Annual report of lunatic asylums [Bombay] - 1912-1922
Year: 1912
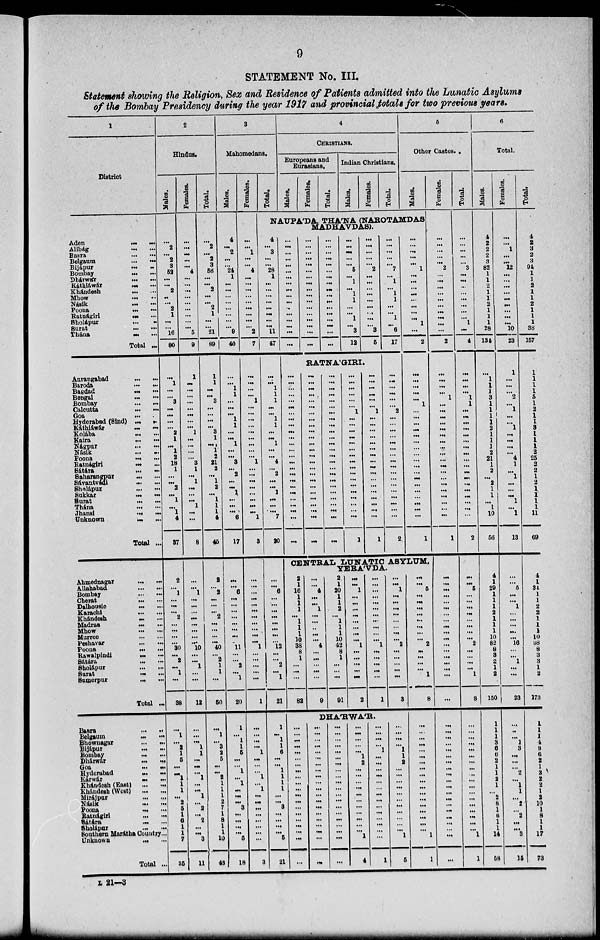
9
STATEMENT No. III.
Statement showing the Religion, Sex and Residence of Patients admitted into the Lunatic Asylums
of the Bombay Presidency during the year 1917 and provincial totals for two previous years.
1
District
Aden
...
...
Alibág ... ...
Basra
... ...
Belgaum
...
...
Bijápur
... ...
Bombay
...
...
Dhárwár
... ...
Káthiáwár
...
...
Khándesh ... ...
Mhow
...
...
Násik ... ...
Poona ... ...
Ratnágiri
...
...
Sholápur
...
...
Surat ... ...
Thána
...
...
Total ...
Aurangabad ... ...
Baroda
...
...
Bagdad ... ...
Bengal
...
...
Bombay
... ...
Calcutta
... ...
Goa
...
...
Hyderabad (Sind) ... ...
Káthiawár
...
...
Kolába ... ...
Kaira
...
...
Nágpur
...
...
Násik ... ...
Poona ... ...
Ratnágiri ... ...
Sátára
...
...
Saharangpur
...
...
Sávantvádi
...
...
Sholápur
... ...
Sukkar ... ...
Surat
... ...
Thána
...
...
Jhansi
... ...
Unknown
...
...
Total ...
Ahmednagar
...
...
Allahabad
...
...
Bombay... ...
Cherat
...
...
Dalhousie
...
...
Karachi
...
...
Khándesh
...
...
Madras
...
...
Mhow
...
...
Murree
...
...
Peshavar
...
...
Poona
...
...
Rawalpindi
...
...
Sátára
...
...
Sholápur
...
...
Surat
...
...
Sumerpur ... ...
Total ...
Basra
...
...
Belgaum
...
...
Bhownagar
... ...
Bijápur
...
...
Bombay
...
...
Dhárwár
...
...
Goa
...
...
Hyderabad
... ...
Kárwár
...
...
Khándesh (East)
...
...
Khándesh
(West)...
...
Mirájpur
...
...
Násik
...
...
Poona
...
...
Ratnágiri... ...
Sátára ... ...
Sholápur ... ...
Southern Marátha Country ...
Unknown
...
...
Total ...
2
Hindus.
Males.
...
2
...
2
3
52
...
...
2
..
...
2
1
...
...
16
80
...
1
...
...
3
...
...
...
...
2
1
...
1
2
18
1
...
...
2
...
1
...
1
4
37
2
...
1
...
...
...
2
...
...
...
...
30
...
2
...
1
...
38
...
1
...
2
1
5
...
...
1
1
1
...
2
5
1
6
1
1
7
35
Females.
...
...
...
...
...
4
...
...
...
...
...
...
...
...
...
5
9
1
...
...
...
...
...
...
...
...
1
...
...
...
...
3
1
...
1
...
...
...
1
...
...
8
...
...
1
...
...
...
...
...
...
...
...
10
...
...
1
...
...
12
...
...
...
1
1
...
...
...
1
...
...
1
...
2
...
2
...
...
3
11
Total.
...
2
...
2
3
56
...
...
2
...
...
2
1
...
...
21
89
1
1
...
...
3
...
...
...
...
3
1
...
1
2
21
2
...
1
2
...
1
1
1
4
45
2
...
2
...
...
...
2
...
...
...
...
40
...
2
1
1
...
50
...
1
...
3
2
5
...
...
2
1
1
1
2
7
1
8
1
1
10
46
3
Mahomedans.
Males.
4
...
2
...
...
24
1
...
...
...
...
...
...
...
...
9
40
...
...
1
1
...
...
...
1
1
...
...
1
...
...
3
...
2
...
...
1
...
...
...
6
17
...
...
6
...
...
...
...
...
...
...
...
11
...
...
2
...
1
20
1
...
1
1
5
...
...
1
...
1
...
...
...
3
...
...
...
...
5
18
Females.
...
...
1
...
...
4
...
...
...
...
...
...
...
...
...
2
7
...
...
...
...
1
...
...
...
...
...
...
...
...
...
1
...
...
...
...
...
...
...
...
1
3
...
...
...
...
...
...
...
...
...
...
...
1
...
...
...
...
...
1
...
...
...
...
1
...
...
...
1
...
1
...
...
...
...
...
...
...
...
3
Total.
4
CHRISTIANS.
Europeans and
Eurasians.
Males.
Females.
Total.
Indian Christians.
Males.
Females.
Total.
5
Other Castes.
Males.
NAUPA'DA. THA'NA (NAROTAMDAS
MADHAVDAS).
4
...
3
...
...
28
1
...
...
...
...
...
...
...
...
11
47
...
...
1
1
1
...
...
1
1
...
...
1
...
...
4
...
2
...
...
1
...
...
...
7
20
...
...
6
...
...
...
...
...
...
...
...
12
...
...
2
...
1
21
1
...
1
1
6
...
...
1
1
1
1
...
...
3
...
...
...
...
5
21
...
...
...
...
...
...
...
...
...
...
...
...
...
...
...
...
...
...
...
...
...
...
...
...
...
...
...
...
...
...
...
...
...
...
...
...
...
...
...
...
...
...
...
...
...
...
...
...
...
...
...
...
...
...
...
...
5
...
1
...
1
1
...
...
1
...
3
12
...
...
...
...
...
2
...
...
...
...
...
...
...
...
...
3
5
RATNA'GIRI.
...
...
...
...
...
...
...
...
...
...
...
...
...
...
...
...
...
...
...
...
...
...
...
...
...
...
...
...
...
...
...
...
...
...
...
...
...
...
...
...
...
...
...
...
...
...
...
...
...
...
...
...
...
...
...
...
...
...
...
...
...
...
...
...
...
...
...
...
...
...
...
...
...
...
...
...
...
...
...
...
...
1
...
...
...
...
...
...
...
...
...
...
...
...
...
...
...
...
...
1
...
...
...
...
...
...
1
...
...
...
...
...
...
...
...
...
...
...
...
...
...
...
...
...
1
...
...
...
...
...
7
...
1
...
1
1
...
...
1
...
6
17
...
...
...
...
...
...
2
...
...
...
...
...
...
...
...
...
...
...
...
...
...
...
...
...
2
...
...
...
...
...
1
...
...
...
...
...
...
...
...
1
...
2
...
...
...
...
...
1
...
...
...
...
...
...
...
...
...
...
...
...
...
...
...
...
...
...
1
CENTRAL LUNATIC ASYLUM,
YERA'VDA.
2
1
16
1
1
1
...
1
1
1
10
38
8
1
...
...
...
82
...
...
4
...
...
1
...
...
...
...
...
4
...
...
...
...
...
9
2
1
20
1
1
2
...
1
1
1
10
42
8
1
...
...
...
91
...
...
1
...
...
...
...
...
...
...
...
1
...
...
...
...
...
2
...
...
...
...
...
...
...
...
...
...
...
1
...
...
...
...
...
1
...
...
1
...
...
...
...
...
...
...
...
2
...
...
...
...
...
3
DHA'RWA'R.
...
...
...
...
...
...
...
...
...
...
...
...
...
...
...
...
...
...
...
...
...
...
...
...
...
...
...
...
...
...
...
...
...
...
...
...
...
...
...
...
...
...
...
...
...
...
...
...
...
...
...
...
...
...
...
...
...
...
...
...
...
...
...
...
...
1
2
...
...
...
...
...
...
...
...
...
...
...
1
4
...
...
...
...
1
...
...
...
...
...
...
...
...
...
...
...
...
...
...
1
...
...
...
...
1
1
2
...
...
...
...
...
...
...
...
...
...
...
1
5
...
...
5
...
...
...
...
...
...
...
...
2
...
...
...
...
1
8
...
...
...
....
...
...
...
...
...
...
...
...
...
...
...
...
...
...
1
1
Females.
...
...
...
...
...
2
...
...
...
...
...
...
...
...
...
...
2
...
...
...
...
1
...
...
...
...
...
...
...
...
...
...
...
...
...
...
...
...
...
...
...
1
...
...
...
...
...
...
...
...
...
...
...
...
...
...
...
...
...
...
...
...
...
...
...
...
...
...
...
...
...
...
...
...
...
...
...
...
...
...
Total.
...
...
...
...
...
3
...
...
...
...
...
...
...
...
1
...
4
...
...
...
...
1
1
...
...
...
...
...
...
...
...
...
...
...
...
...
...
...
...
...
...
2
...
...
5
...
...
...
...
...
...
...
...
2
...
...
...
...
1
8
...
...
...
...
...
...
...
...
...
...
...
...
...
...
...
...
...
...
1
1
6
Total.
Males.
4
2
2
2
3
82
1
1
2
1
1
2
1
1
1
28
134
...
1
1
1
3
1
1
1
1
2
1
1
1
2
21
1
2
...
2
1
1
...
1
10
56
4
1
29
1
1
1
2
1
1
1
10
82
8
3
2
1
2
150
1
1
1
3
6
6
2
1
1
2
1
...
2
8
1
6
1
1
14
58
Females.
...
...
1
...
...
12
...
...
...
...
...
...
...
...
...
10
23
1
...
...
...
2
...
1
...
...
1
...
...
...
...
4
1
...
1
...
...
...
1
...
1
13
...
...
5
...
...
1
...
...
...
...
...
16
...
...
1
...
...
23
...
...
...
1
3
...
...
...
2
...
1
1
...
2
...
2
...
...
3
15
Total.
4
2
3
2
3
94
1
1
2
1
1
2
1
1
1
38
157
1
1
1
1
5
1
2
1
1
3
1
1
1
2
25
2
2
1
2
1
1
1
1
11
69
4
1
34
1
1
2
2
1
1
1
10
98
8
3
3
1
2
173
1
1
1
4
9
6
2
1
3
2
2
1
2
10
1
8
1
1
17
73
L 21—3